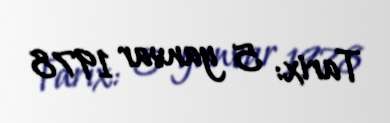
Tarix: 5 yanvar 1978